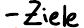
- Ziele